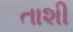
તાશી